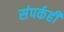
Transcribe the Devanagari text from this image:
संपर्कही